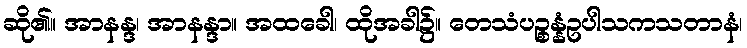
ဆို၏။ အာနန္ဒ၊ အာနန္ဒာ။ အထခေါ၊ ထိုအခါ၌။ တေသံပဉ္စန္နံဥပါသကသတာနံ၊